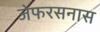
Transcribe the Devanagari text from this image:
जेफरसनास